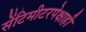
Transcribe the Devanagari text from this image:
सेंटिमीटरपेक्षाही